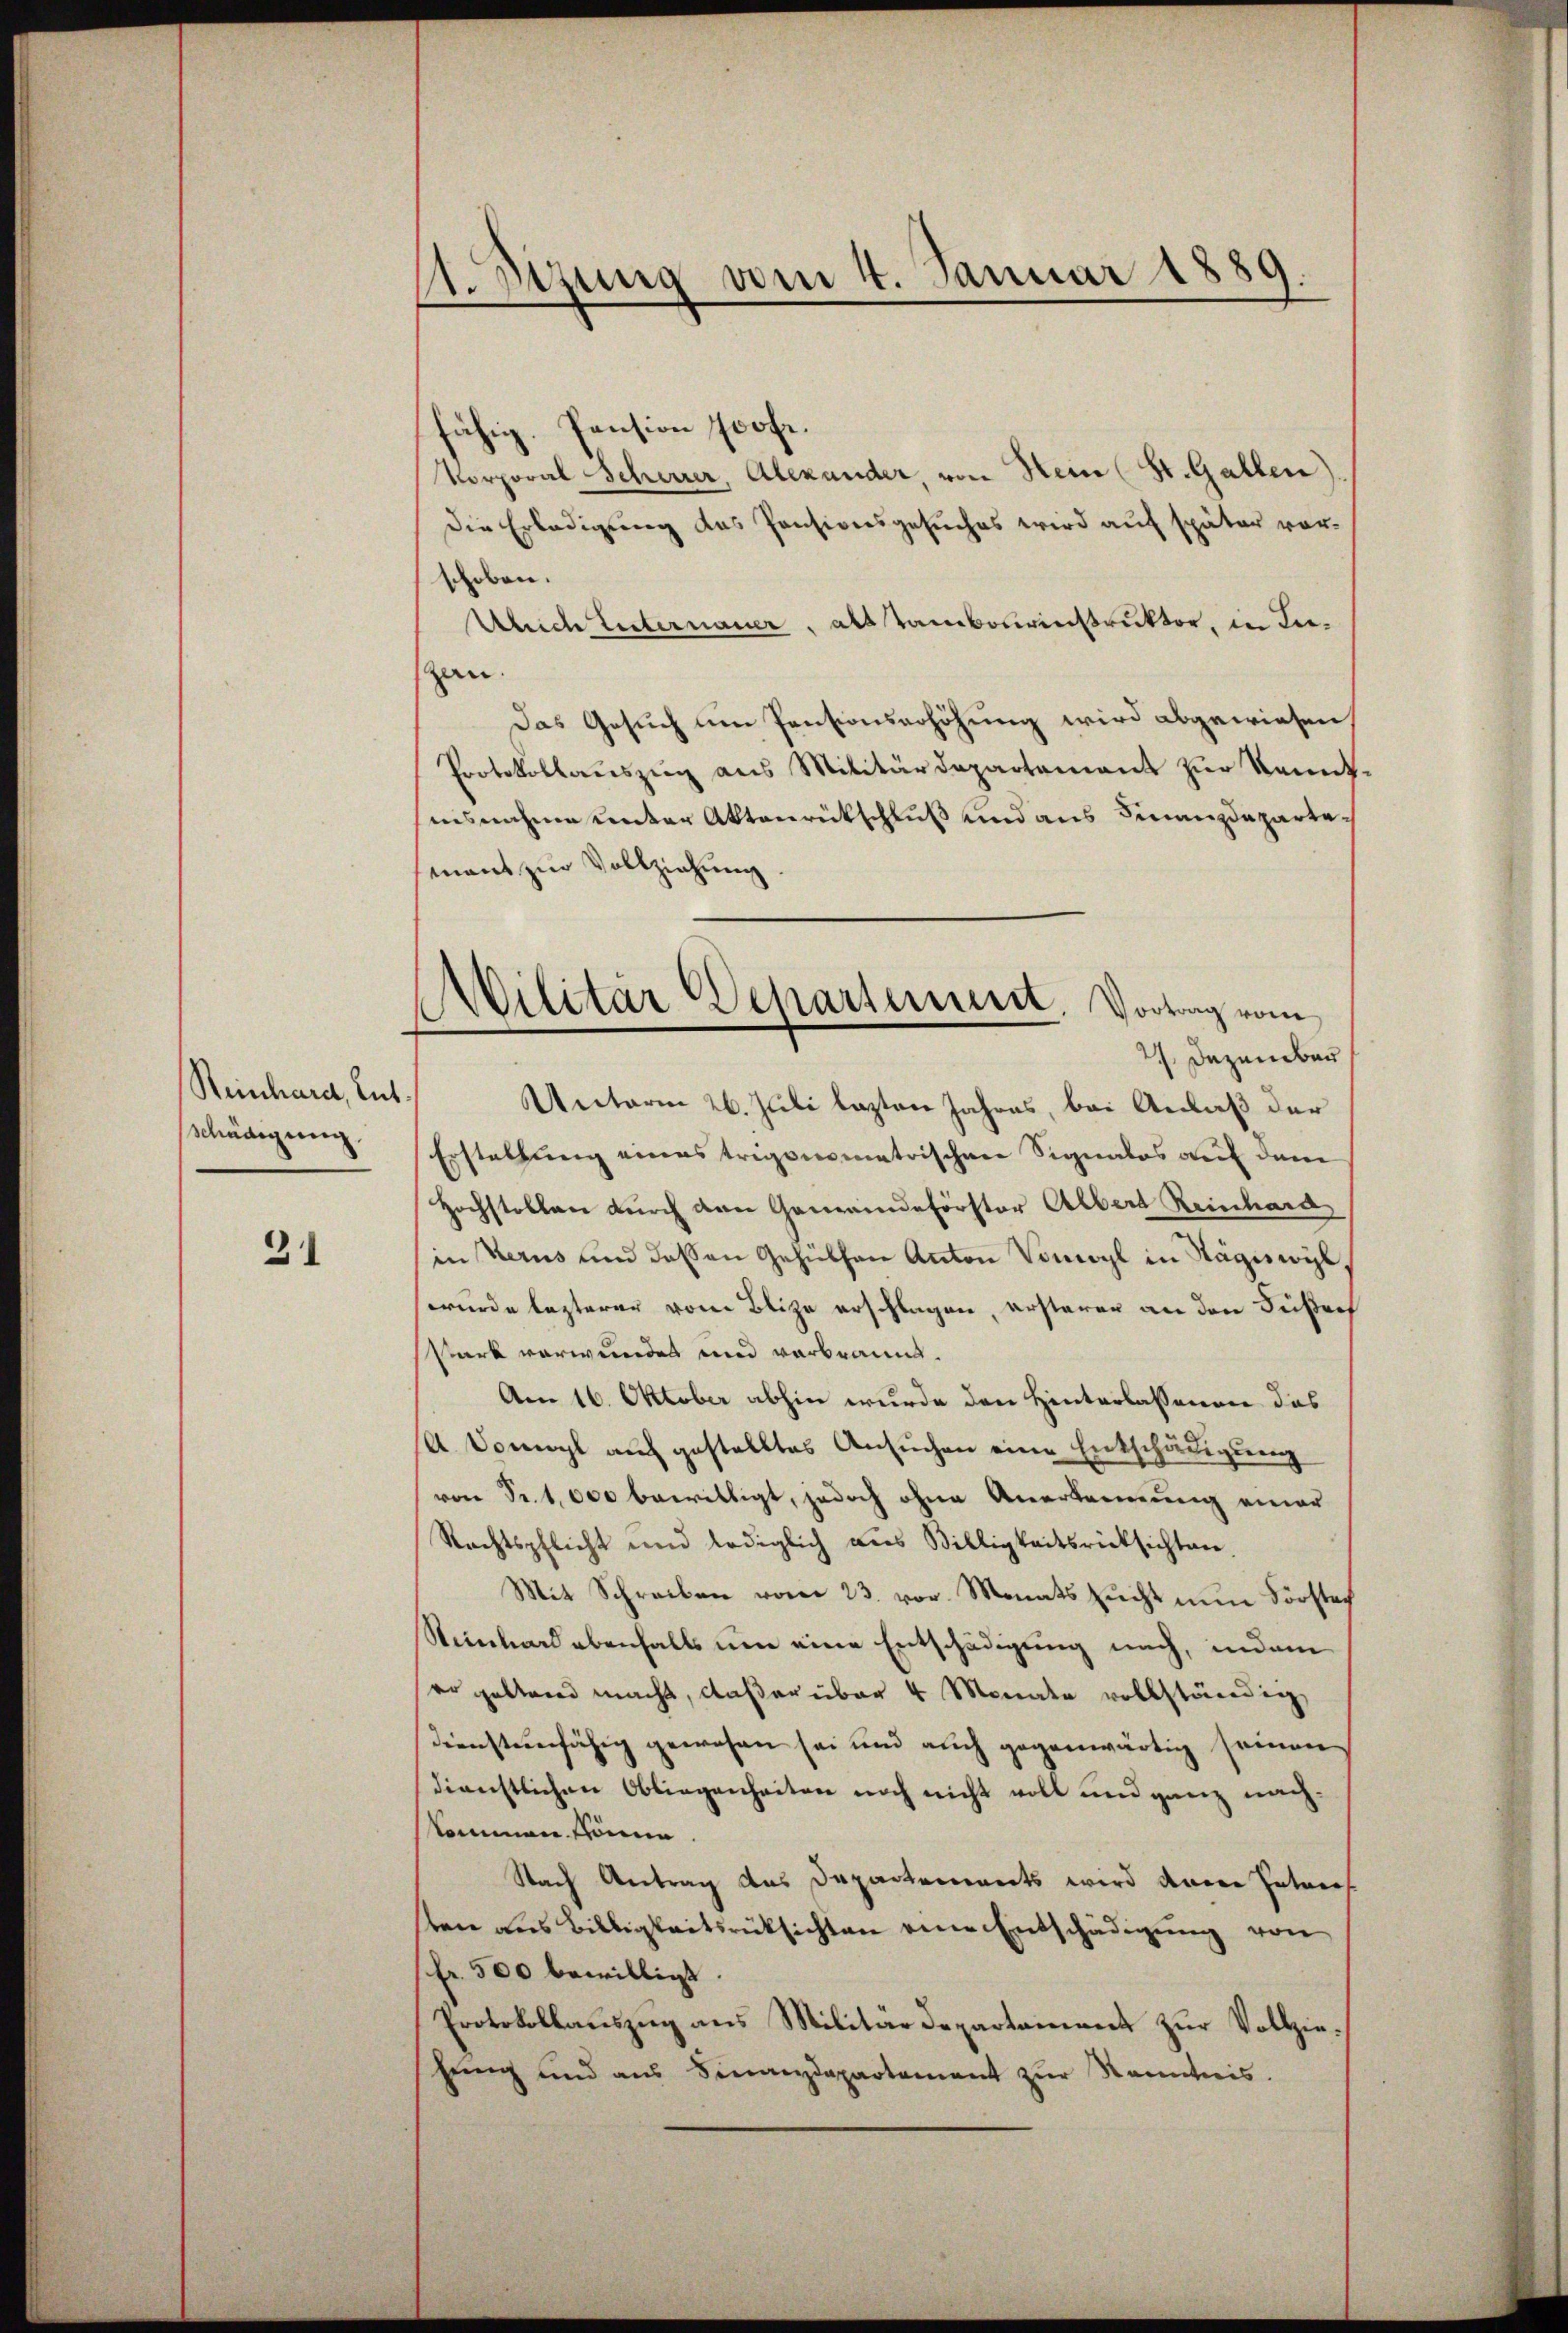
Reinhard, lut
schädigung

31

1. Sizung vom 4. Januar 1889.
.
.

Militär Departeniret. Vortrag vom

fähig. Pension soofe.
Vorporal Scheurer, Alexander, von Hein (St. Gallen).
Die Erledigung das Pensionsgesuches wird auf später vor-
schoben.
Wliche Enternauer, als Tambourinstruktor, in Inan.
Das Gesuch um Pensionserhöhung wird abgewiesen.
Protokollaŭszŭg ans Militärdepartement zŭr Kennt-
isnahme unter Aktenrückschluß und aus Finanzdepartemant zur Vollziehung
2 Dezember
Unterm 26. Juli lezten Jahres, bei Anlaß der
Erstellung eines trigonometrischen Signatos auf dem
Hochstellen durch den Gemeindeförstor Albert Reinhard
in Kerus und dassen Gehülfen Anton Vonwyl in Stägiswyl
wurde lezterer vom Blize erschlagen, ersterer an den Fußref
Park verwunden und verbrannt.
Am 16. Oktober abhin wurde den Hinterlassenen das
A Sowohl auch gestelltes Ansŭchen eine Entschädigung
von Sr.1,000 bewilligt, jedoch ohne Anerkennung einer
Rechtspflicht und lediglich aus Billigkeitsrücksichten.
Mit Schreiben vom 23. vor. Monatszucht nun Förstes
Reinhard ebenfalls um eine Entschädigung nach, indem
vo geltend macht, daß er über 4 Monate vollständig
Dienstenfähig gewesen sei und auch gegenwärtig seinen
dienstlichen Obliegenheiten noch nicht voll und ganz nach.
kommen könne.
Nach Antrag des Departennerts wird denen Interes
sten aus Billigkeitsrücksichten eine Entschädigung von
fr. 500 bewilligt.
Protokollauszug aus Militärdepartement zur Vollziehung und aus Finanzdepartement zŭr Kenntnis.